Code of medical and sanitary regulations for the guidance of medical officers serving in the Madras Presidency - Volume II
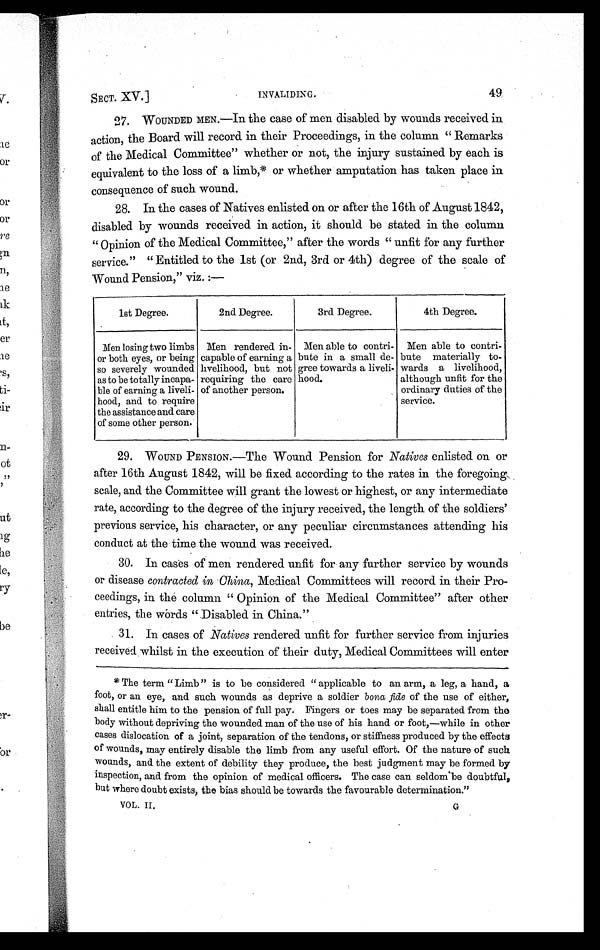
SECT. XV.]
INVALIDING.
49
27.
WOUNDED MEN.—In the case of men disabled by wounds received in
action, the Board will record in their Proceedings, in the column " Remarks
of the Medical Committee" whether or not, the injury sustained by each is
equivalent to the loss of a limb,* or whether amputation has taken place in
consequence of such wound.
28. In the cases of Natives enlisted on or after the 16th of August 1842,
disabled by wounds received in action, it should be stated in the column
" Opinion of the Medical Committee," after the words " unfit for any further
service." " Entitled to the 1st (or 2nd, 3rd or 4th) degree of the scale of
Wound Pension," viz. :—
1st Degree.
2nd Degree.
3rd Degree.
4th Degree.
Men losing two limbs
or both eyes, or being
so severely wounded
as to be totally incapa-
ble of earning a liveli-
hood, and to require
the assistance and care
of some other person.
Men rendered in-
capable of earning a
livelihood, but not
requiring the care
of another person.
Men able to contri-
bute in a small de-
gree towards a liveli-
h o o d .
Men able to contri-
bute materially to-
wards a livelihood,
although unfit for the
ordinary duties of the
service.
29.
WOUND PENSION.—The Wound Pension for Natives enlisted on or
after 16th August 1842, will be fixed according to the rates in the foregoing
scale, and the Committee will grant the lowest or highest, or any intermediate
rate, according to the degree of the injury received, the length of the soldiers'
previous service, his character, or any peculiar circumstances attending his
conduct at the time the wound was received.
30. In cases of men rendered unfit for any further service by wounds
or disease contracted in China, Medical Committees will record in their Pro-
ceedings, in the column " Opinion of the Medical Committee" after other
entries, the words "Disabled in China."
31. In cases of Natives rendered unfit for further service from injuries
received whilst in the execution of their duty, Medical Committees will enter
* The term " Limb " is to be considered " applicable to an arm, a leg, a hand, a
foot, or an eye, and such wounds as deprive a soldier bona fide of the use of either,
shall entitle him to the pension of full pay. Fingers or toes may be separated from the
body without depriving the wounded man of the use of his hand or foot,—while in other
cases dislocation of a joint, separation of the tendons, or stiffness produced by the effects
of wounds, may entirely disable the limb from any useful effort. Of the nature of such
wounds, and the extent of debility they produce, the best judgment may be formed by
inspection, and from the opinion of medical officers. The case can seldom be doubtful,
but where doubt exists, the bias should be towards the favourable determination."
VOL. II.